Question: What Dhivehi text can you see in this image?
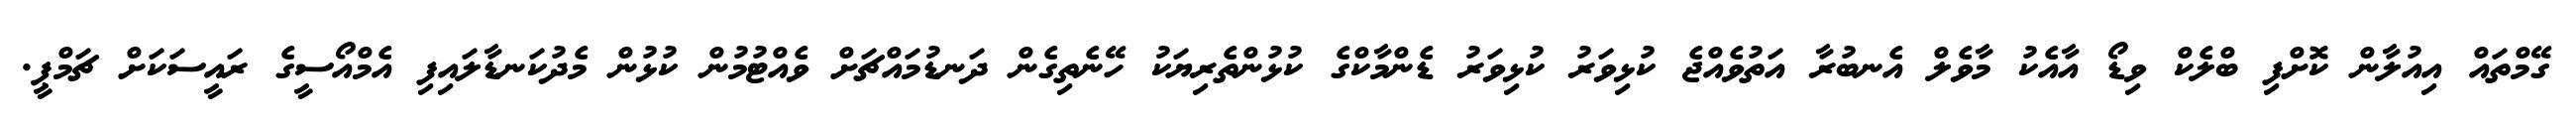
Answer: ގޭމްތައް އިއުލާން ކޮށްފި ބްލެކް ވިޑޯ އާއެކު މާވެލް އެނބުރާ އަތުވެއްޖެ ކުޅިވަރު ކުޅިވަރު ޑެންމާކްގެ ކުޅުންތެރިޔަކު ހޭނެތިގެން ދަނޑުމައްޗަށް ވެއްޓުމުން ކުޅުން މެދުކަނޑާލައިފި އެމްއޯސީގެ ރައީސަކަށް ޗަމްޕީ.